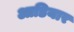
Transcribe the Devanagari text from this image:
आडियार